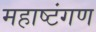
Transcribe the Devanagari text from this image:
महाष्टंगण